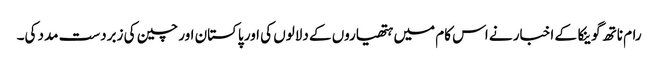
رام ناتھ گوینکا کے اخبار نے اس کام میں ہتھیاروں کے دلالوں کی اور پاکستان اور چین کی زبردست مدد کی۔